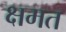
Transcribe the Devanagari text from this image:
क्षमत